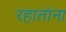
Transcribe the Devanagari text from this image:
रहातांना